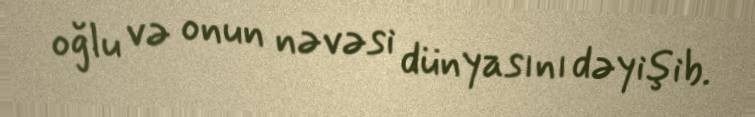
oğlu və onun nəvəsi dünyasını dəyişib.